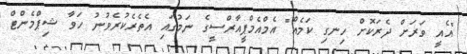
"އެއީ ވަރަށް ދެރަކޮށް ހިނގި ކަމެއް" އެމްއެމްޕީއާރްސީގެ ނަމުގައި އެތެރެކުރެވުނު ހަވާ ޝިޕްމެންޓް